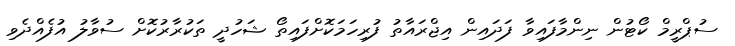
ސުޕްރީމް ކޯޓުން ނިންމާފައިވާ ފަދައިން އިޖްރައާތު ފުރިހަމަކޮށްފައިތޯ ޝަހުދީ ތަކުރާރުކޮށް ސުވާލު އުފެއްދެވި